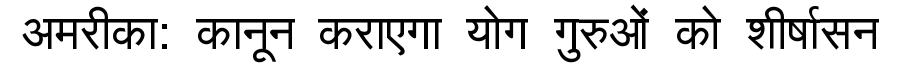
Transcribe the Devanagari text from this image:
अमरीका: कानून कराएगा योग गुरुओं को शीर्षासन